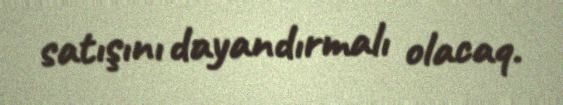
satışını dayandırmalı olacaq.